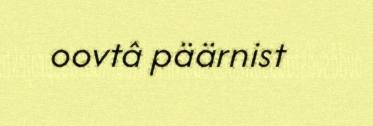
oovtâ päärnist